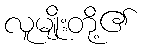
လူမျိုးတို့၏